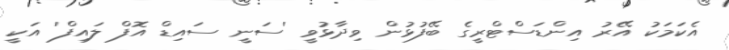
އެކަމަކު އޭރު އިންޑަސްޓްރީގެ ބޭފުޅުން ވިދާޅުވީ 'ސަނީ ސައިޑް އޮފް ލައިފް' އަކީ